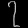
Digit: ၇